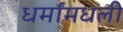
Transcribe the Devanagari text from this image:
धर्मांमधली